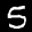
Label: 5